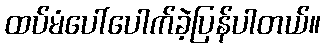
ထပ်မံပေါ်ပေါက်ခဲ့ပြန်ပါတယ်။